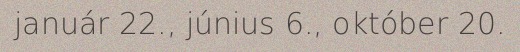
január 22., június 6., október 20.